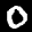
Label: 0